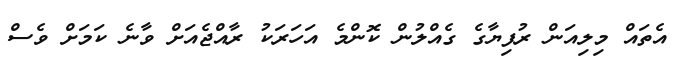
އެތައް މިލިއަން ރުފިޔާގެ ގެއްލުން ކޮންމެ އަހަރަކު ރާއްޖެއަށް ވާނެ ކަމަށް ވެސް